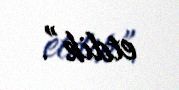
etdik”.